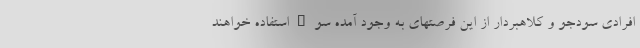
افرادی سودجو و کلاهبردار از این فرصتهای به وجود آمده سوءاستفاده خواهند